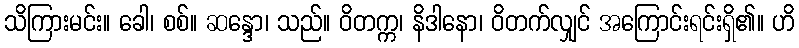
သိကြားမင်း။ ခေါ၊ စစ်။ ဆန္ဒော၊ သည်။ ဝိတက္က၊ နိဒါနော၊ ဝိတက်လျှင် အကြောင်းရင်းရှိ၏။ ဟိ